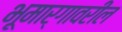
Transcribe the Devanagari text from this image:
भूमार्गावरील